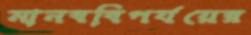
মানববিপর্যয়ের